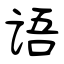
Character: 语